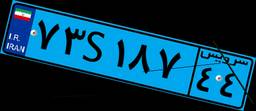
۰۹S۲۲۴۱۱